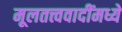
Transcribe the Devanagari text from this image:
मूलतत्त्ववादींमध्ये